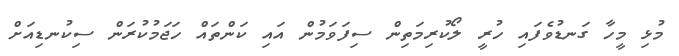
މުޅި މީހާ ގަނޑުވެފައި ހުރީ ލޯކުރިމަތިން ސިފަވަމުން އައި ކަންތައް ހަޖަމުކުރަން ސިކުނޑިއަށް